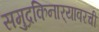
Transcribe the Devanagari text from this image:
समुद्रकिनार्‍यावरची